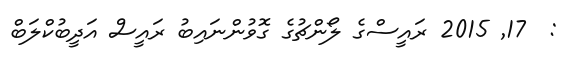
:  17